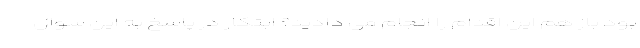
بود باز هم این اقدام را انجام می دادید؟ ابتکار در پاسخ به این سوال